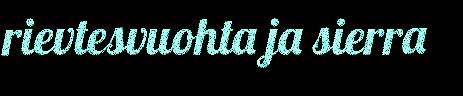
rievtesvuohta ja sierra